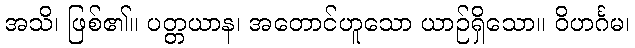
အသိ၊ ဖြစ်၏။ ပတ္တယာန၊ အတောင်ဟူသော ယာဉ်ရှိသော။ ဝိဟင်္ဂမ၊